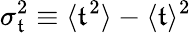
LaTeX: \sigma_{\mathfrak{t}}^{2}\equiv\langle\mathfrak{t}^{2}\rangle-\langle\mathfrak{t}\rangle^{2}